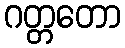
ဂတ္တတော